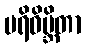
ပရိဝိမ္ဘိတာ